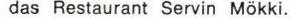
das Restaurant Servin Mökki.